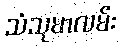
သံသုမာလမ်း